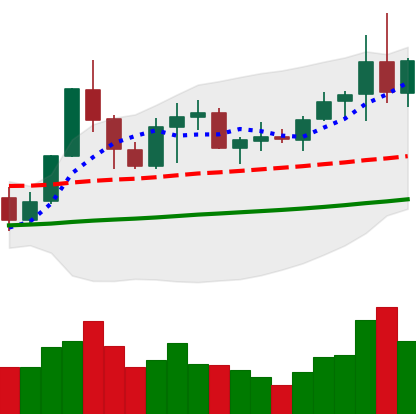
Ticker: NEO-USD
Chart end date: 2019-05-31
Forward return: -14.889%
Label: down_7plus